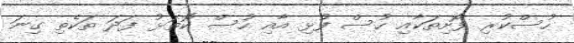
ހުސްކުރި ފޮށިތަކާއި ހުސް ފުޅި އާއި ހުސް ކޮތަޅު ފަދަ ތަކެތި ގިނަ